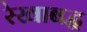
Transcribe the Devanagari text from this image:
रेखाबद्ध